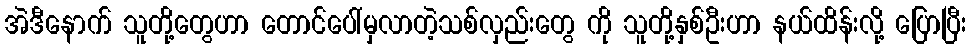
အဲဒီနောက် သူတို့တွေဟာ တောင်ပေါ်မှလာတဲ့သစ်လှည်းတွေ ကို သူတို့နှစ်ဦးဟာ နယ်ထိန်းလို့ ပြောပြီး